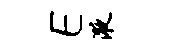
E液